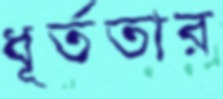
ধূর্ততার